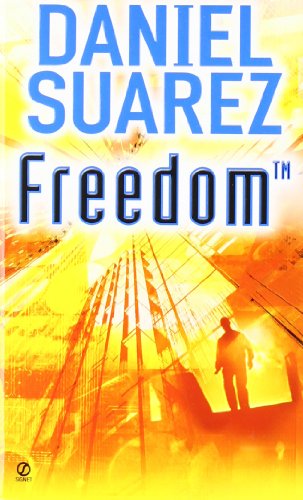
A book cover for Freedom (TM); Daniel Suarez; Mystery, Thriller & Suspense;